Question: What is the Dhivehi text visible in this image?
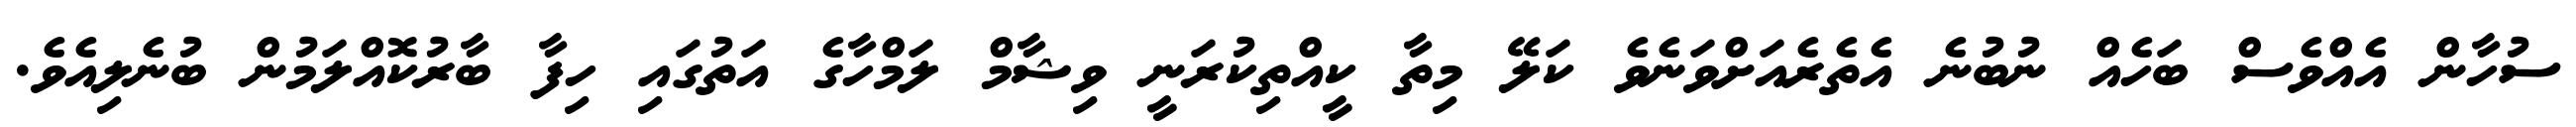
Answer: ސުހާން އެއްވެސް ބަހެއް ނުބުނެ އެތެރެއަށްވަނެވެ ކަލޭ މިތާ ކީއްތިކުރަނީ ވިޝާމް ލަމްހާގެ އަތުގައި ހިފާ ބާރުކޮއްލަމުން ބުނެލިއެވެ.